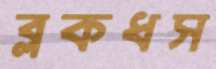
ব্লকধস